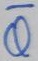
Text: Q